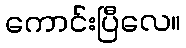
ကောင်းပြီလေ။